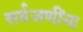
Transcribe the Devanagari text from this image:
सर्वजणींना